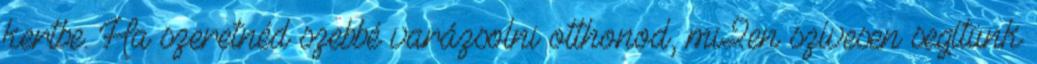
kertbe. Ha szeretnéd szebbé varázsolni otthonod, mi2en szívesen segítünk